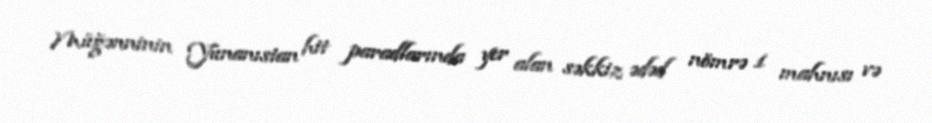
Müğənninin Yunanıstan hit paradlarında yer alan səkkiz ədəd nömrə 1 mahnısı və